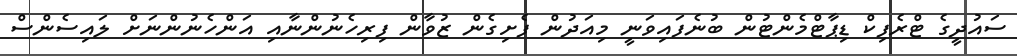
ސައުދީގެ ޓްރެފިކް ޑިޕާޓްމެންޓުން ބުނެފައިވަނީ މިއަދުން ފެށިގެން ޒުވާން ފިރިހެނުންނާއި އަންހެނުންނަށް ލައިސެންސް